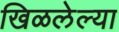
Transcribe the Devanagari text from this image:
खिळलेल्या